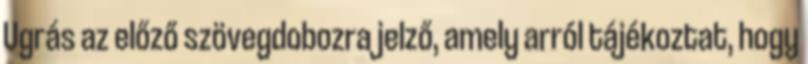
Ugrás az előző szövegdobozra jelző, amely arról tájékoztat, hogy